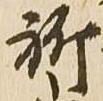
祈